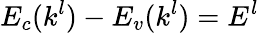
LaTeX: E_{c}(k^{l})-E_{v}(k^{l})=E^{l}